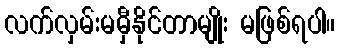
လက်လှမ်းမမှီနိုင်တာမျိုး မဖြစ်ရပါ။